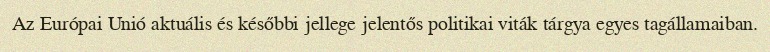
Az Európai Unió aktuális és későbbi jellege jelentős politikai viták tárgya egyes tagállamaiban.